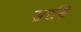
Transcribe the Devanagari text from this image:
सरसि